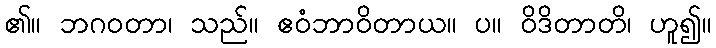
၏။ ဘဂဝတာ၊ သည်။ ဧဝံဘာဝိတာယ။ ပ။ ဝိဒိတာတိ၊ ဟူ၍။